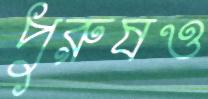
পুরুষও